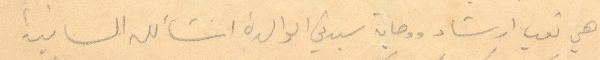
هي توب ارشاد ووصاية سيدتي الوالدة انشالله الثانية